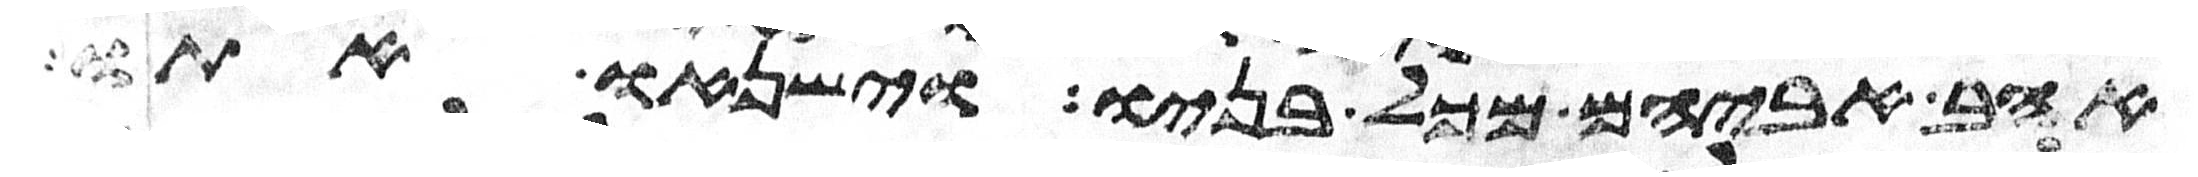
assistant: אהב אביהם מכל בניו וישנאו אתו